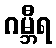
ဂမ္ဘီရ